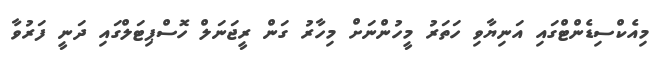
މިއެކްސިޑެންޓްގައި އަނިޔާވި ހަތަރު މީހުންނަށް މިހާރު ގަން ރީޖަނަލް ހޮސްޕިޓަލްގައި ދަނީ ފަރުވާ